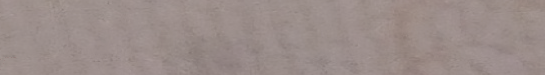
توصيل طلباتكم من المطاعم